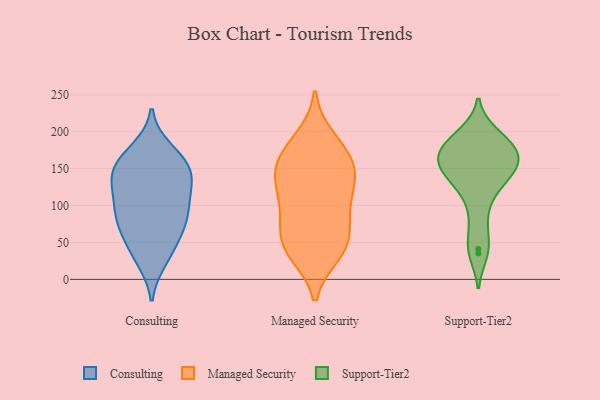
{"axis": {"x": "Backlog", "y": "Value"}, "legend": ["Consulting", "Managed Security", "Support-Tier2"], "data": [{"x": "", "y": 149, "type": "Consulting"}, {"x": "", "y": 164, "type": "Consulting"}, {"x": "", "y": 158, "type": "Consulting"}, {"x": "", "y": 88, "type": "Consulting"}, {"x": "", "y": 120, "type": "Consulting"}, {"x": "", "y": 122, "type": "Consulting"}, {"x": "", "y": 50, "type": "Consulting"}, {"x": "", "y": 124, "type": "Consulting"}, {"x": "", "y": 27, "type": "Consulting"}, {"x": "", "y": 70, "type": "Consulting"}, {"x": "", "y": 150, "type": "Consulting"}, {"x": "", "y": 89, "type": "Consulting"}, {"x": "", "y": 139, "type": "Consulting"}, {"x": "", "y": 77, "type": "Consulting"}, {"x": "", "y": 175, "type": "Consulting"}, {"x": "", "y": 34, "type": "Consulting"}, {"x": "", "y": 87, "type": "Consulting"}, {"x": "", "y": 39, "type": "Managed Security"}, {"x": "", "y": 124, "type": "Managed Security"}, {"x": "", "y": 143, "type": "Managed Security"}, {"x": "", "y": 119, "type": "Managed Security"}, {"x": "", "y": 159, "type": "Managed Security"}, {"x": "", "y": 179, "type": "Managed Security"}, {"x": "", "y": 69, "type": "Managed Security"}, {"x": "", "y": 145, "type": "Managed Security"}, {"x": "", "y": 45, "type": "Managed Security"}, {"x": "", "y": 35, "type": "Managed Security"}, {"x": "", "y": 171, "type": "Managed Security"}, {"x": "", "y": 94, "type": "Managed Security"}, {"x": "", "y": 68, "type": "Managed Security"}, {"x": "", "y": 143, "type": "Managed Security"}, {"x": "", "y": 43, "type": "Managed Security"}, {"x": "", "y": 191, "type": "Managed Security"}, {"x": "", "y": 97, "type": "Managed Security"}, {"x": "", "y": 174, "type": "Support-Tier2"}, {"x": "", "y": 138, "type": "Support-Tier2"}, {"x": "", "y": 69, "type": "Support-Tier2"}, {"x": "", "y": 137, "type": "Support-Tier2"}, {"x": "", "y": 156, "type": "Support-Tier2"}, {"x": "", "y": 144, "type": "Support-Tier2"}, {"x": "", "y": 181, "type": "Support-Tier2"}, {"x": "", "y": 41, "type": "Support-Tier2"}, {"x": "", "y": 121, "type": "Support-Tier2"}, {"x": "", "y": 99, "type": "Support-Tier2"}, {"x": "", "y": 167, "type": "Support-Tier2"}, {"x": "", "y": 198, "type": "Support-Tier2"}, {"x": "", "y": 166, "type": "Support-Tier2"}, {"x": "", "y": 169, "type": "Support-Tier2"}, {"x": "", "y": 197, "type": "Support-Tier2"}, {"x": "", "y": 35, "type": "Support-Tier2"}, {"x": "", "y": 148, "type": "Support-Tier2"}, {"x": "", "y": 178, "type": "Support-Tier2"}]}